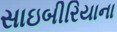
સાઇબીરિયાના